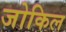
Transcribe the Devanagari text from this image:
जोकिल